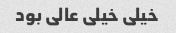
خیلی خیلی عالی بود